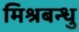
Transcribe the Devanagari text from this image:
मिश्रबन्धु